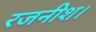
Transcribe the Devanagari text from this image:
रजनीश।